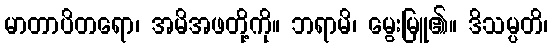
မာတာပိတရော၊ အမိအဖတို့ကို။ ဘရာမိ၊ မွေးမြူ၏။ ဒိသမ္ပတိ၊